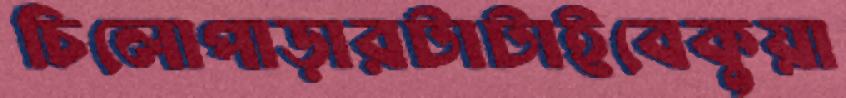
চিলোপাড়ারটাটাইবেকুয়া